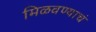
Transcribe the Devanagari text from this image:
मिळवण्याचं